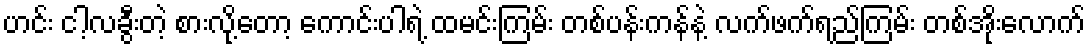
ဟင်း ငါ့လခွီးတဲ့ စားလို့တော့ ကောင်းပါရဲ့ ထမင်းကြမ်း တစ်ပန်းကန်နဲ့ လက်ဖက်ရည်ကြမ်း တစ်အိုးလောက်